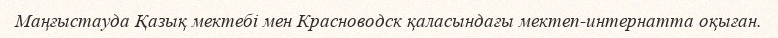
Маңғыстауда Қазық мектебі мен Красноводск қаласындағы мектеп-интернатта оқыған.